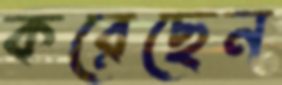
করেছেন